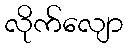
လိုက်လျော